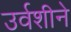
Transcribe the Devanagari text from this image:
उर्वशीने